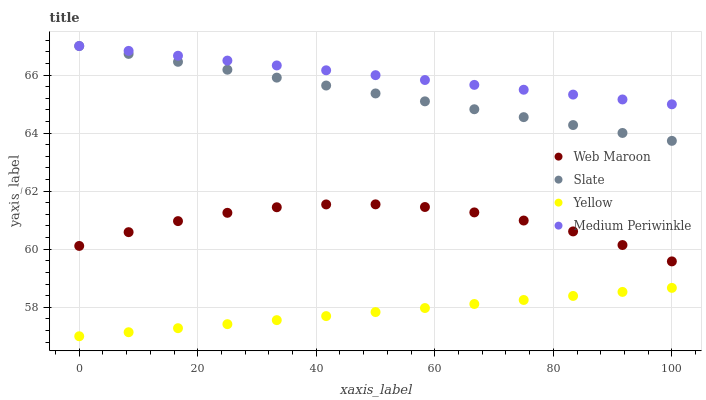
| xaxis_label | Web Maroon | Slate | Yellow | Medium Periwinkle |
 | --- | --- | --- | --- | --- |
 | 0 | 60.1 | 67 | 57 | 67 |
 | 8.33 | 60.6 | 66.7 | 57.1 | 66.8 |
 | 16.7 | 61 | 66.5 | 57.3 | 66.7 |
 | 25 | 61.3 | 66.2 | 57.4 | 66.5 |
 | 33.3 | 61.4 | 65.9 | 57.6 | 66.3 |
 | 41.7 | 61.5 | 65.6 | 57.7 | 66.2 |
 | 50 | 61.5 | 65.4 | 57.8 | 66 |
 | 58.3 | 61.5 | 65.1 | 58 | 65.8 |
 | 66.7 | 61.3 | 64.8 | 58.1 | 65.7 |
 | 75 | 61 | 64.5 | 58.3 | 65.5 |
 | 83.3 | 60.6 | 64.3 | 58.4 | 65.3 |
 | 91.7 | 60.1 | 64 | 58.5 | 65.2 |
 | 100 | 59.6 | 63.7 | 58.7 | 65 |